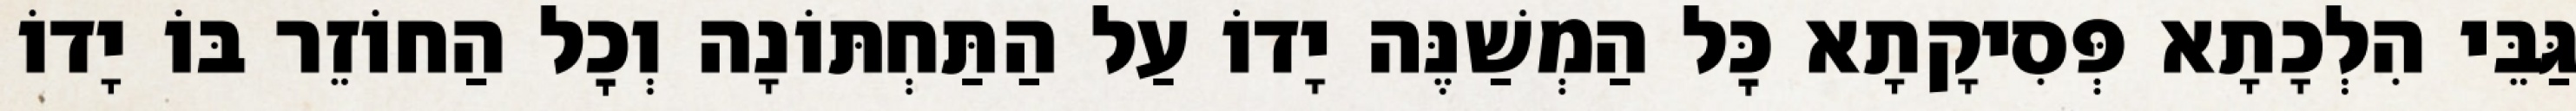
גַּבֵּי הִלְכָתָא פְּסִיקָתָא כׇּל הַמְשַׁנֶּה יָדוֹ עַל הַתַּחְתּוֹנָה וְכׇל הַחוֹזֵר בּוֹ יָדוֹ